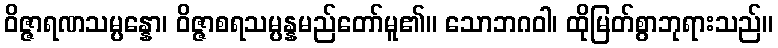
ဝိဇ္ဇာရဏသမ္ပန္နော၊ ဝိဇ္ဇာစရသမ္ပန္နမည်တော်မူ၏။ သောဘဂဝါ၊ ထိုမြတ်စွာဘုရားသည်။